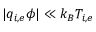
| q _ { i , e } \phi | \ll k _ { B } T _ { i , e }